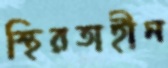
স্থিরতাহীন